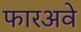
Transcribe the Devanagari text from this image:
फारअवे